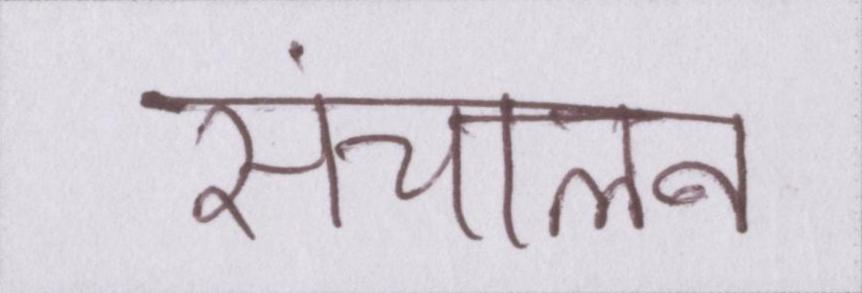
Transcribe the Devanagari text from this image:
संचालन